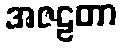
အဇဠတာ